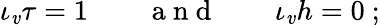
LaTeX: \iota_{\mathit{v}}\tau=1\qquad\mathrm{{~a~n~d~}}\qquad\iota_{\mathit{v}}h=0\ ;